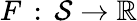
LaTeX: F\, :\, \mathcal{S}\rightarrow\mathbb{R}